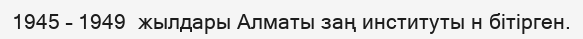
1945 – 1949  жылдары Алматы заң институты н бітірген.